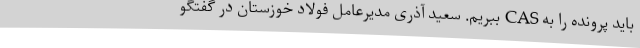
باید پرونده را به CAS ببریم. سعید آذری مدیرعامل فولاد خوزستان در گفتگو